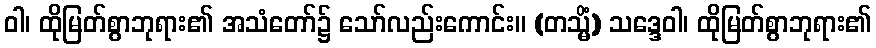
ဝါ၊ ထိုမြတ်စွာဘုရား၏ အသံတော်၌ သော်လည်းကောင်း။ (တသ္မိံ) သဒ္ဒေဝါ၊ ထိုမြတ်စွာဘုရား၏